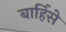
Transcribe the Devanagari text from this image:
बार्हिसे